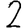
Digit: 2